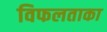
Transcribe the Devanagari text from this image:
विफलताका